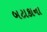
બટાકાના